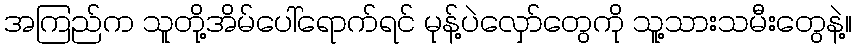
အကြည်က သူတို့အိမ်ပေါ်ရောက်ရင် မုန့်ပဲလှော်တွေကို သူ့သားသမီးတွေနဲ့။